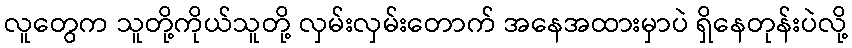
လူတွေက သူတို့ကိုယ်သူတို့ လှမ်းလှမ်းတောက် အနေအထားမှာပဲ ရှိနေတုန်းပဲလို့